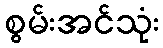
စွမ်းအင်သုံး